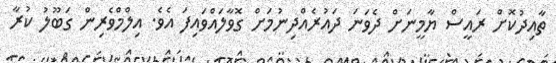
ތާއިދުކޮށް ރައީސް ޔާމީނަށް ދެވަނަ ދައުރެއްދިނުމަށް ގޮވާލައްވައިފަ އެވެ. އިލްމްވެރިން ގަބޫލު ކުރާ